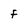
Character: F